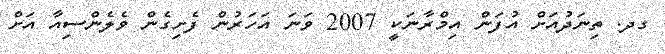
ގދ. ތިނަދުއަށް އުފަން އިމްރާނަކީ 2007 ވަނަ އަހަރުން ފެށިގެން ވެލެންސިއާ އަށް